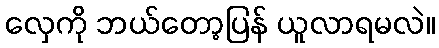
လှေကို ဘယ်တော့ပြန် ယူလာရမလဲ။